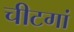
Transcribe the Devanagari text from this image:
चीटगां